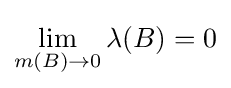
\lim _{m(B)\to 0}\lambda (B)=0